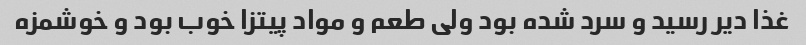
غذا دیر رسید و سرد شده بود ولی طعم و مواد پیتزا خوب بود و خوشمزه